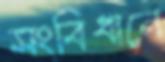
সংবিধানে